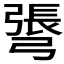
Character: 𢐓